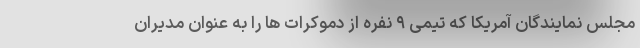
مجلس نمایندگان آمریکا که تیمی ۹ نفره از دموکرات ها را به عنوان مدیران